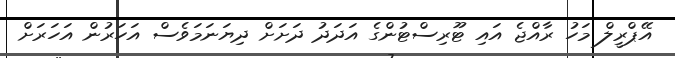
އޭޕްރީލް މަހު ރާއްޖެ އައި ޓޫރިސްޓުންގެ އަދަދު ދަށަށް ދިޔަނަމަވެސް އަހަރުން އަހަރަށް